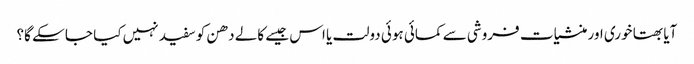
آیا بھتا خوری اور منشیات فروشی سے کمائی ہوئی دولت یا اس جیسے کالے دھن کو سفید نہیں کیا جا سکے گا؟